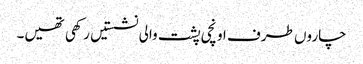
چاروں طرف اونچی پشت والی نشستیں رکھی تھیں۔